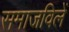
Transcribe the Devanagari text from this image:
समाजविलें